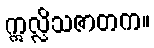
ဣလ္လိသဇာတက။